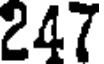
247